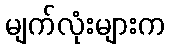
မျက်လုံးများက